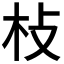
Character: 𣏽